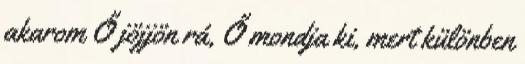
akarom Ő jöjjön rá, Ő mondja ki, mert különben